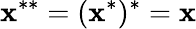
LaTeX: \mathbf{x}^{**}=(\mathbf{x}^{*})^{*}=\mathbf{x}